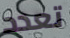
تعدد